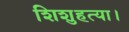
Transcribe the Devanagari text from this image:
शिशुहत्या।